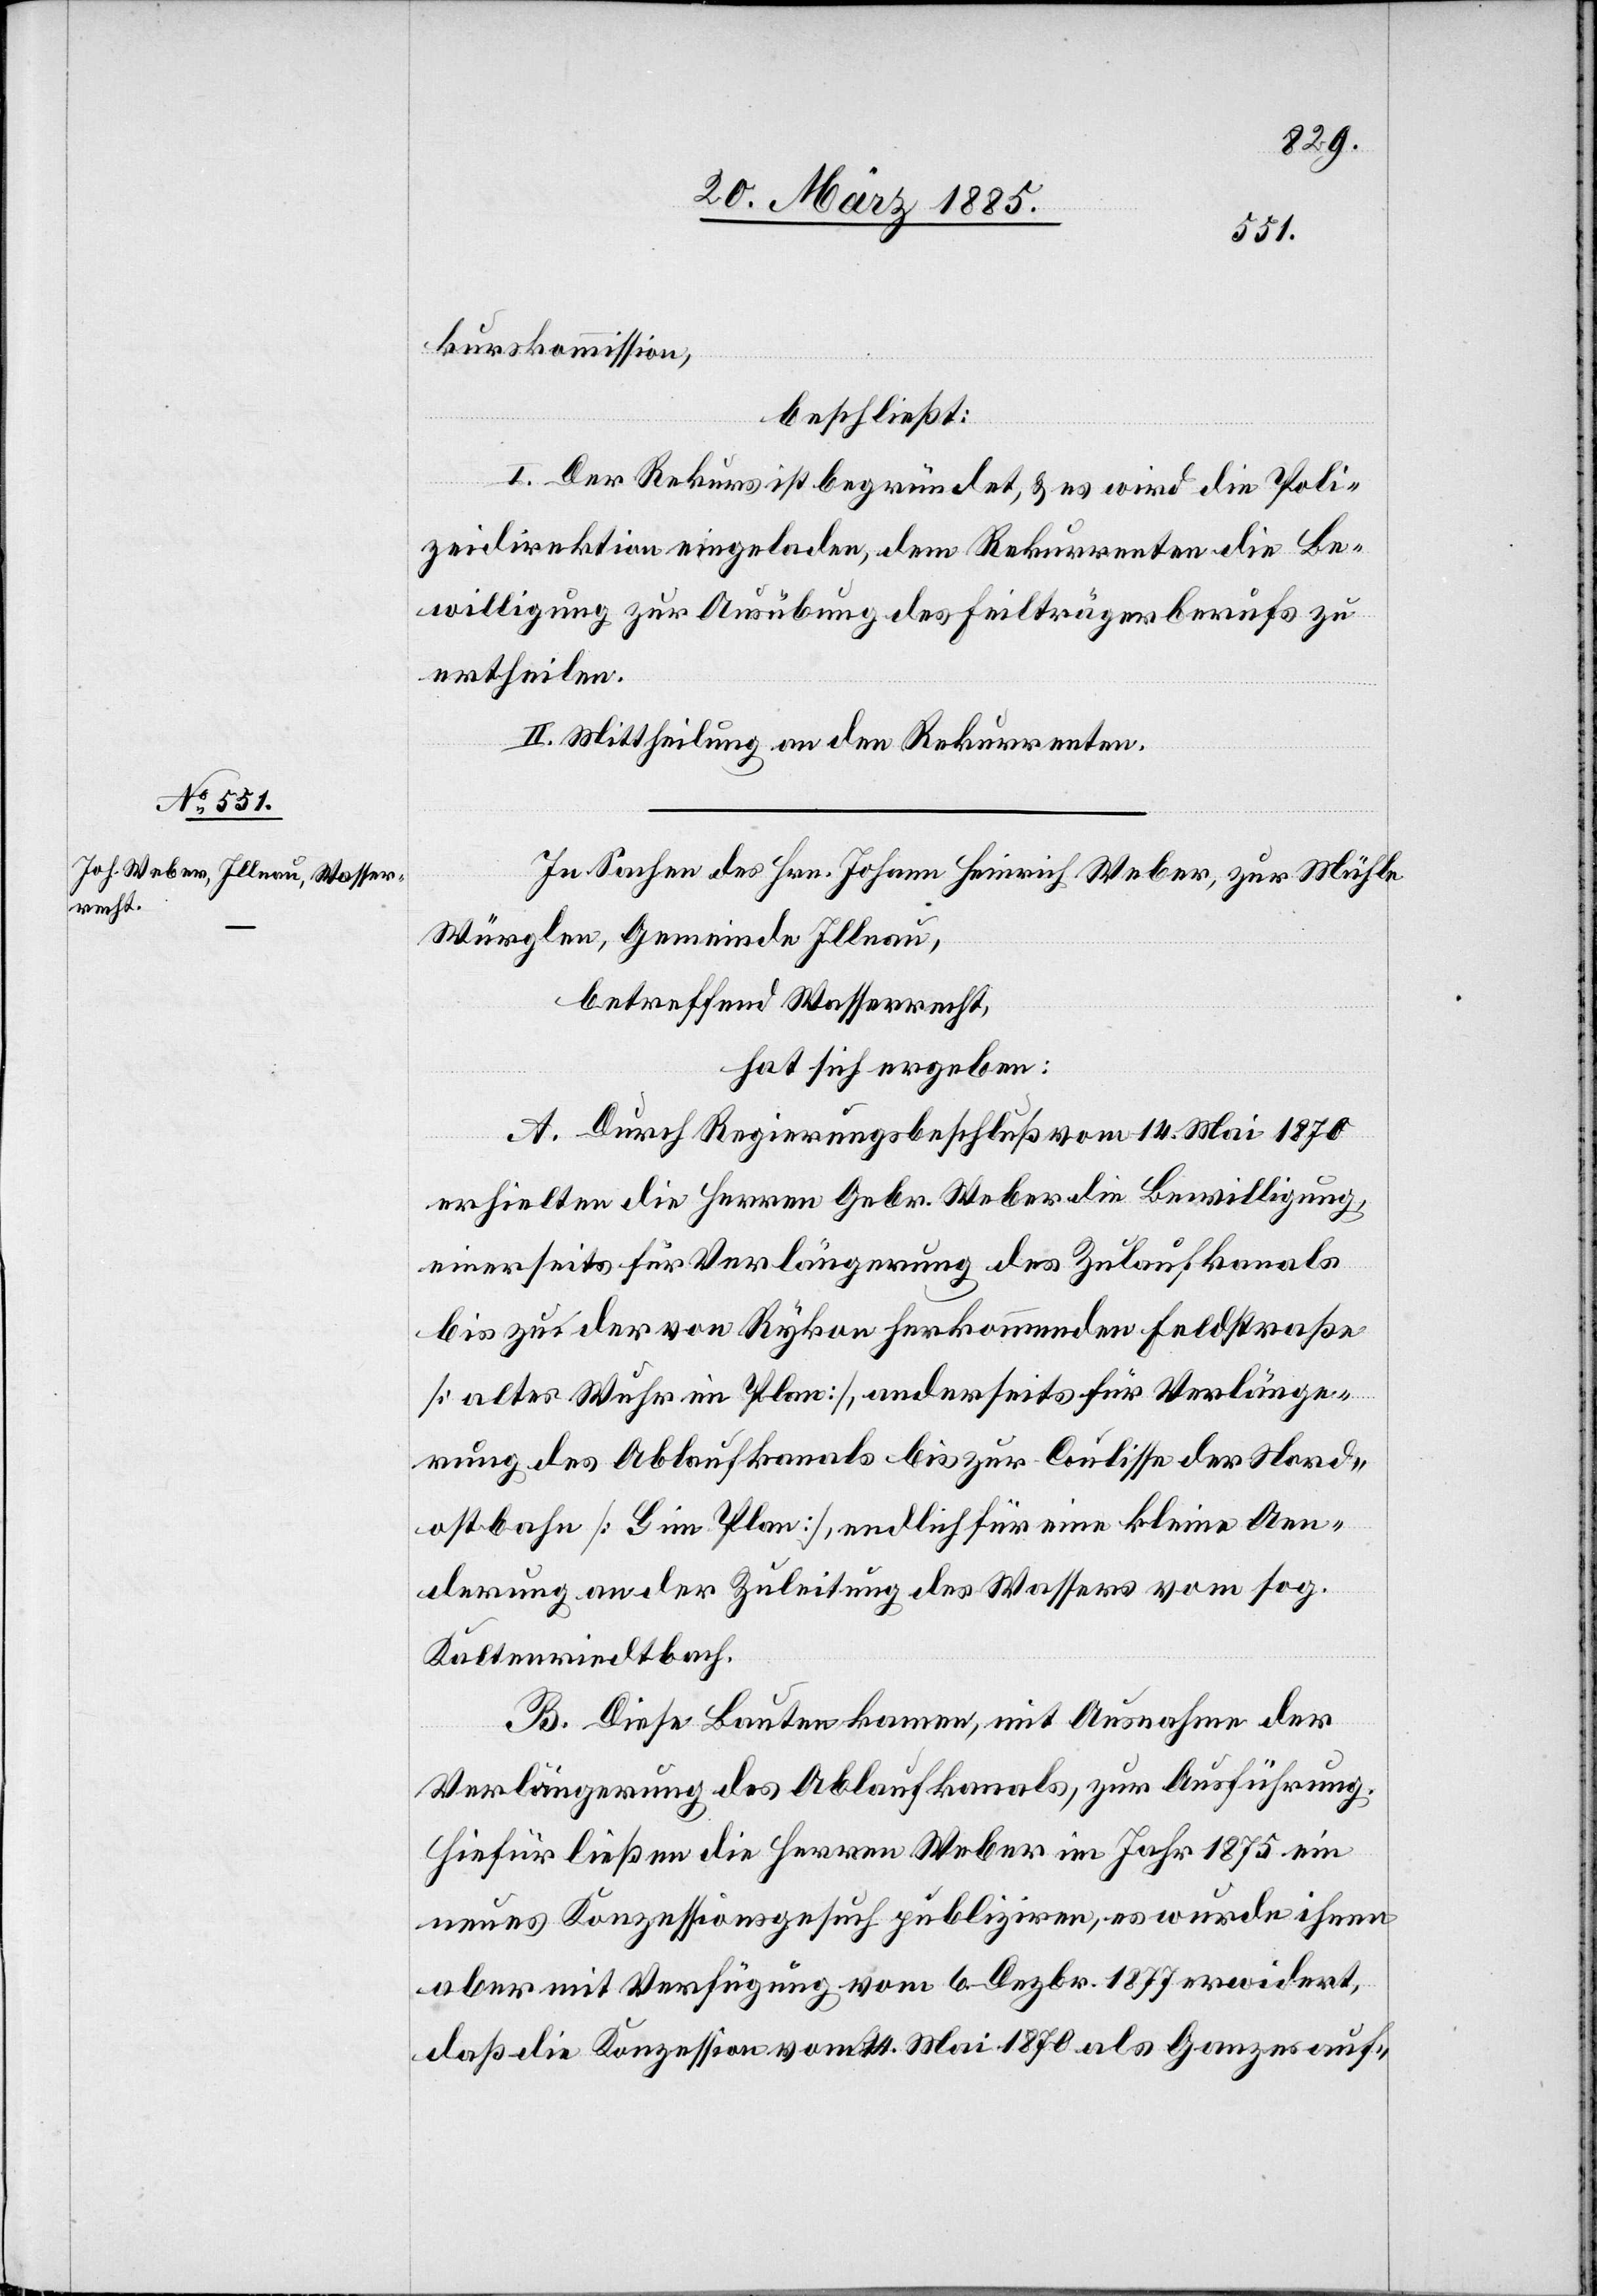
kurskommission,
beschließt:
I. Der Rekurs ist begründet, & es wird die Poli¬
zeidirektion eingeladen, dem Rekurrenten die Be¬
willigung zur Ausübung des Feilträgerberufs zu
ertheilen.
II. Mittheilung an den Rekurrenten.
In Sachen des Hrn. Johann Heinrich Weber, zur Mühle
Würglen, Gemeinde Illnau,
betreffend Wasserrecht,
hat sich ergeben:
A. Durch Regierungsbeschluß vom 14. Mai 1870
erhielten die Herren Gebr. Weber die Bewilligung
einerseits für Verlängerung des Zulaufkanals
bis zu der von Rykon herkommenden Feldstraße
[altes Wuhr im Plan], anderseits für Verlänge¬
rung des Ablaufkanals bis zur Coulisse der Nord¬
ostbahn [G im Plan], endlich für eine kleine Aen¬
derung an der Zuleitung des Wassers vom sog.
Kaltenriedtbach.
B. Diese Bauten kamen, mit Ausnahme der
Verlängerung des Ablaufkanals, zur Ausführung.
Hiefür ließen die Herren Weber im Jahr 1875 ein
neues Konzessionsgesuch publiziren, es wurde ihnen
aber mit Verfügung vom 6. Dezbr. 1877 erwidert,
daß die Konzession vom 14. Mai 1870 als Ganzes auf-